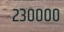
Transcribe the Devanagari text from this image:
२३००००